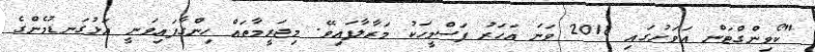
"ކޯވިންގްޓަން އަވަށުގައި 2018 ވަނަ އަހަރު ފަސްމީހަކު މަރާލާފައިވޭ. މިޖަރީމާތައް ހިންގާފައިވަނީ އަޅުގަނޑުމެންގެ